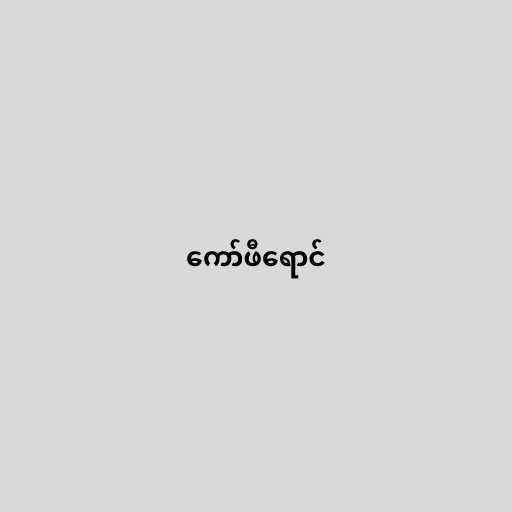
ကော်ဖီရောင်